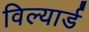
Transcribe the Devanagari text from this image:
विल्यार्ड